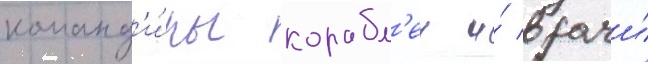
команд'и́ры корабл'еи и́ врачи́